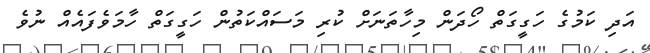
އަދި ކަމުގެ ހަގީގަތް ހޯދަން މިހާތަނަށް ކުރި މަސައްކަތުން ހަގީގަތް ހާމަވެފައެއް ނުވެ